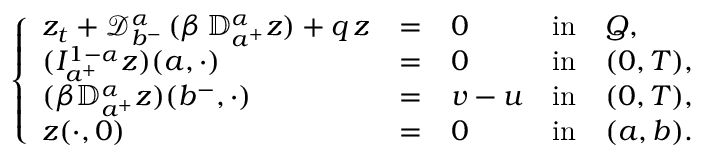
\left\{ \begin{array} { l l l l l l l l l l l l } { \displaystyle z _ { t } + \displaystyle { \mathcal D } _ { b ^ { - } } ^ { \alpha } \, ( \beta \, { \mathbb D } _ { a ^ { + } } ^ { \alpha } z ) + q \, z } & { = } & { 0 } & { \mathrm { i n } } & { Q , } \\ { \displaystyle ( I _ { a ^ { + } } ^ { 1 - \alpha } z ) ( a , \cdot ) } & { = } & { 0 } & { \mathrm { i n } } & { ( 0 , T ) , } \\ { \displaystyle ( \beta { \mathbb D } _ { a ^ { + } } ^ { \alpha } z ) ( b ^ { - } , \cdot ) } & { = } & { v - u } & { \mathrm { i n } } & { ( 0 , T ) , } \\ { \displaystyle z ( \cdot , 0 ) } & { = } & { 0 } & { \mathrm { i n } } & { ( a , b ) . } \end{array} \right.